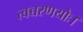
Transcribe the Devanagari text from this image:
त्वच्चरणयोः।